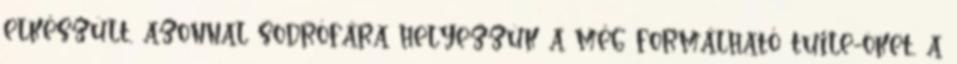
elkészült, azonnal sodrófára helyezzük a még formálható tuile-öket, a